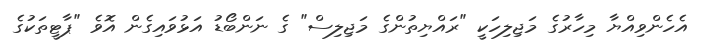
އެހެންވިއްޔާ މިހާރުގެ މަޖިލިހަކީ "ރައްޔިތުންގެ މަޖިލިސް" ގެ ނަންބޯޑު އަޅުވައިގެން އޮވެ "ޕާޓީތަކުގެ